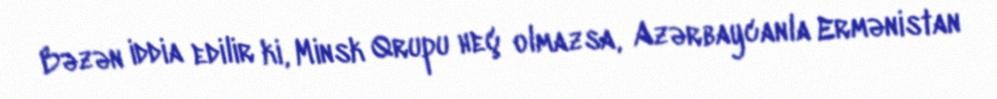
Bəzən iddia edilir ki, Minsk Qrupu heç olmazsa, Azərbaycanla Ermənistan